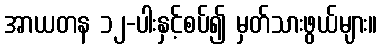
အာယတန ၁၂-ပါးနှင့်စပ်၍ မှတ်သားဖွယ်များ။